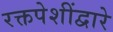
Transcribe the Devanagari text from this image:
रक्तपेशींद्वारे